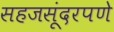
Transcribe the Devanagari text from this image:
सहजसूंदरपणे